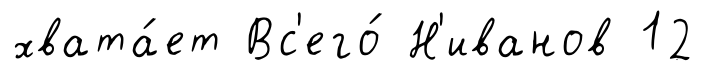
хвата́ет Вс'его́ Н'иванов 12